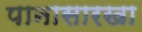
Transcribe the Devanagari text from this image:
पानासारखा